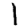
Digit: 1